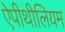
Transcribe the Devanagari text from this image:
ऐपीथीलियम